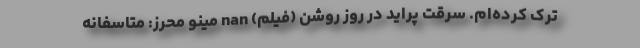
ترک کرده‌ام. سرقت پراید در روز روشن (فیلم) nan مینو محرز: متاسفانه